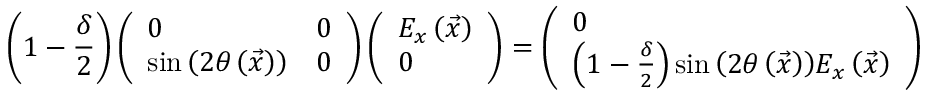
\left( 1 - \frac { \delta } { 2 } \right) \left( \begin{array} { l l } { 0 } & { 0 } \\ { \sin { \left( 2 \theta \left( \vec { x } \right) \right) } } & { 0 } \end{array} \right) \left( \begin{array} { l } { E _ { x } \left( \vec { x } \right) } \\ { 0 } \end{array} \right) = \left( \begin{array} { l } { 0 } \\ { \left( 1 - \frac { \delta } { 2 } \right) \sin { \left( 2 \theta \left( \vec { x } \right) \right) } E _ { x } \left( \vec { x } \right) } \end{array} \right)